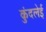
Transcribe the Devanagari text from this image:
कुंदलेई